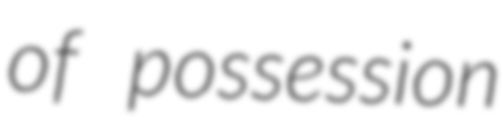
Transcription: of possession